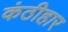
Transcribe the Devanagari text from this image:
कंठीहार